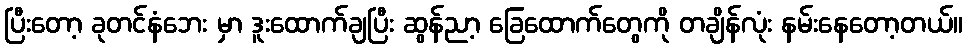
ပြီးတော့ ခုတင်နံဘေး မှာ ဒူးထောက်ချပြီး ဆွန်ညာ့ ခြေထောက်တွေကို တချိန်လုံး နမ်းနေတော့တယ်။